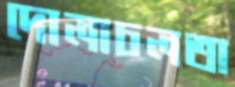
দোলাচলতা